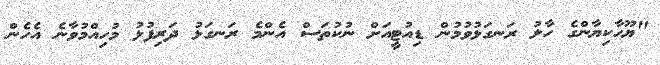
"ޔޫހާކިޔާންގެ ހާލު ރަނގަޅުވުމުން ޑިއުޓީއަށް ނުކުތަސް އެންމެ ރަނގަޅު ދަރިފުޅު މުހިއްމުވާނެ އެހެން